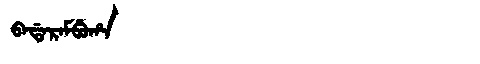
Manchu: ᠪᠠᡩᠠᡵᠠᠮᠪᡠᡥᠠ
Romanization: BADARAMBUHA